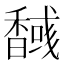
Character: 𮩫